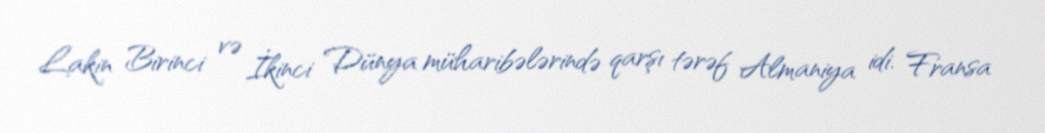
Lakin Birinci və İkinci Dünya müharibələrində qarşı tərəf Almaniya idi. Fransa